Annual administration report of the Civil Veterinary Department of India - 1892-1893
Year: 1892
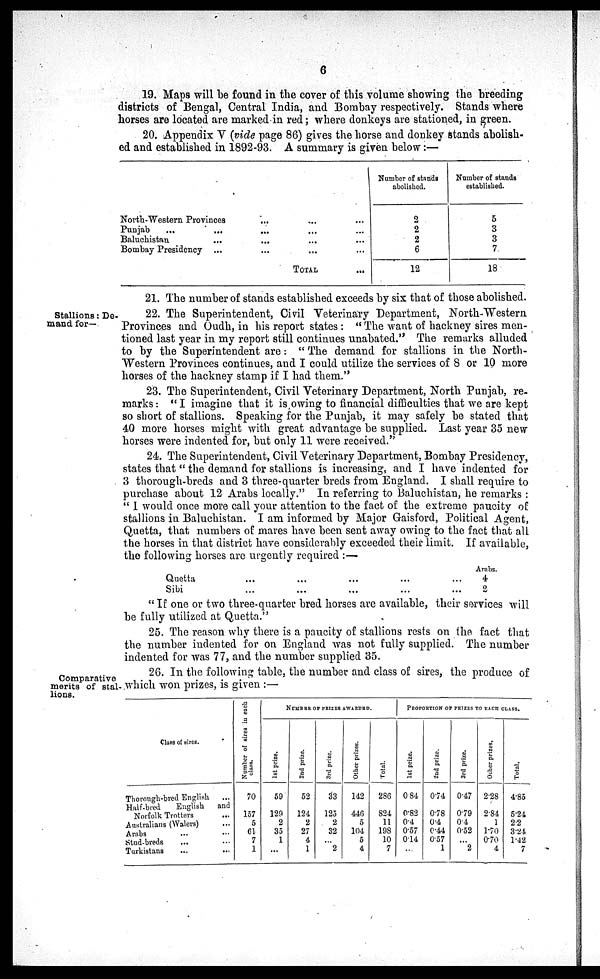
6
19. Maps will be found in the cover of this volume showing the breeding
districts of Bengal, Central India, and Bombay respectively. Stands where
horses are located are marked in red; where donkeys are stationed, in green.
20. Appendix V (vide page 86) gives the horse and donkey stands abolish-
ed and established in 1892-93. A summary is given below:—
North-Western Provinces ... ... ...
Punjab
... ... ... ... ...
Baluchistan ... ... ... ...
Bombay Presidency ... ... ... ...
TOTAL...
Number of stands
abolished.
2
2
2
6
12
Number of stands
established.
5
3
3
7
18
21. The number of stands established exceeds by six that of those abolished.
Stallions: De-
mand for—
22. The Superintendent, Civil
Veterinary Department, North-Western
Provinces and Oudh, in his report states: "The want of hackney sires men-
tioned last year in my report still continues unabated." The remarks alluded
to by the Superintendent are: "The demand for stallions in the North-
Western Provinces continues, and I could utilize the services of 8 or 10 more
horses of the hackney stamp if I had them."
23. The Superintendent, Civil Veterinary Department, North Punjab, re-
marks: "I imagine that it is owing to financial difficulties that we are kept
so short of stallions. Speaking for the Punjab, it may safely be stated that
40 more horses might with great advantage be supplied. Last year 35 new
horses were indented for, but only 11 were received."
24. The Superintendent, Civil Veterinary Department, Bombay Presidency,
states that "the demand for stallions is increasing, and I have indented for
3 thorough-breds and 3 three-quarter breds from England. I shall require to
purchase about 12 Arabs locally." In referring to Baluchistan, he remarks:
"I would once more call your attention to the fact of the extreme paucity of
stallions in Baluchistan. I am informed by Major Gaisford, Political Agent,
Quetta, that numbers of mares have been sent away owing to the fact that all
the horses in that district have considerably exceeded their limit. If available,
the following horses are urgently required:—
Quetta ... ... ... ... ...
Sibi ... ... ... ... ... ...
Arabs.
4
2
"If one or two three-quarter bred horses are available, their services will
be fully utilized at Quetta."
25. The reason why there is a paucity of stallions rests on the fact that
the number indented for on England was not fully supplied. The number
indented for was 77, and the number supplied 35.
Comparative
merits of stal-
lions.
26. In the following table, the number and class of sires, the produce of
which won prizes, is given:—
Class of sires.
Thorough-bred English
...
Half-bred English and
Norfolk Trotters ...
Australians (Walers) ...
Arabs ... ...
Stud-breds ... ...
Turkistans ... ...
Number of sires in each
class.
70
157
5
61
7
1
NUMBER OF FRIZES AWARDED.
1st prize.
59
129
2
35
1
...
2nd prize.
52
124
2
27
4
1
3rd prize.
33
125
2
32
...
2
Other prizes.
142
446
5
104
5
4
Total.
286
824
11
198
10
7
PROPORTION OF PRIZES TO EACH CLASS.
1st prize.
0.84
0.82
0.4
0.57
0.14
...
2nd prize.
0.74
0.78
0.4
0.44
0.57
1
3rd prize.
0.47
0.79
0.4
0.52
...
2
Other prizes.
2.28
2.84
1
1.70
0.70
4
Total.
4.85
5.24
2.2
3.24
1.42
7